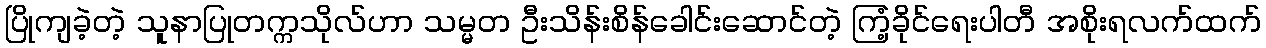
ပြိုကျခဲ့တဲ့ သူနာပြုတက္ကသိုလ်ဟာ သမ္မတ ဦးသိန်းစိန်ခေါင်းဆောင်တဲ့ ကြံ့ခိုင်ရေးပါတီ အစိုးရလက်ထက်